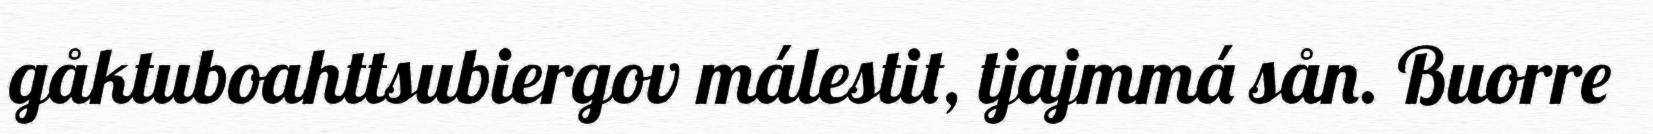
gåktuboahttsubiergov málestit, tjajmmá sån. Buorre